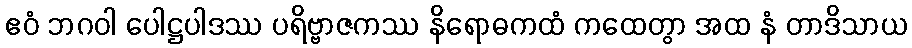
ဧဝံ ဘဂဝါ ပေါဋ္ဌပါဒဿ ပရိဗ္ဗာဇကဿ နိရောဓကထံ ကထေတွာ အထ နံ တာဒိသာယ